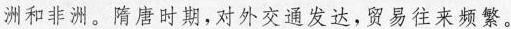
洲和非洲。隋唐时期，对外交通发达，贸易往来频繁。